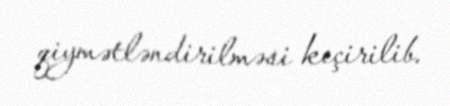
qiymətləndirilməsi keçirilib.